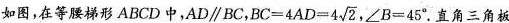
如图，在等腰梯形ABCD中，AD\parallelBC， $ $ B C = 4 A D = 4 \ s q r t { 2 } $ $ ，∠B=45°。直角三角板